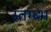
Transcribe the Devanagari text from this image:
स्तम्ब्भ